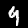
Digit: 9